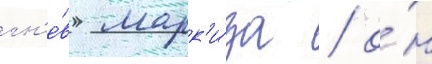
гн'е́в марк'и́за / о́н